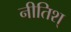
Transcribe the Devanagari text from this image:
नीतिश्